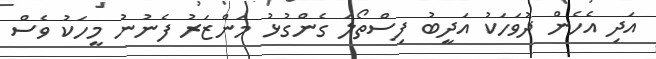
އަދި އެހެން ދުވަހަކު އަދީބު ފިސްތޯލަ ގެންގުޅު މަންޒަރު ފެނުނު މީހަކު ވެސް